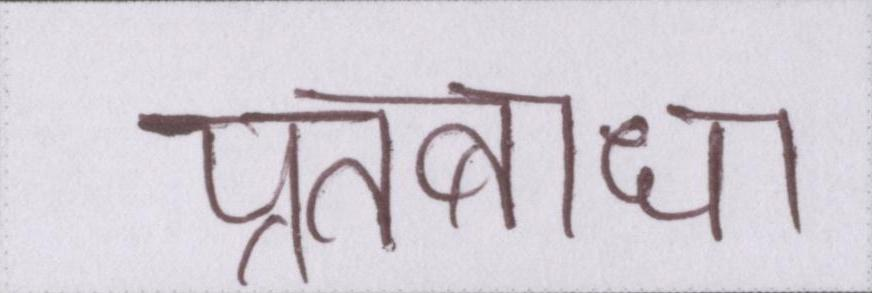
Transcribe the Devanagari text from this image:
प्रेतबाधा